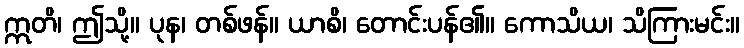
ဣတိ၊ ဤသို့။ ပုန၊ တစ်ဖန်။ ယာစိ၊ တောင်းပန်၏။ ကောသိယ၊ သိကြားမင်း။